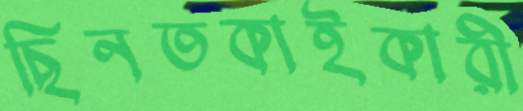
ছিনতকাইকারী